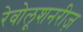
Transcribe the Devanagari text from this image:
रेवोलूशनरीज़